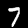
Digit: 7